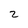
Character: 2